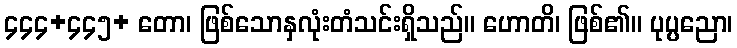
၄၄၄+၄၄၅+ တော၊ ဖြစ်သောနှလုံးတံသင်းရှိသည်။ ဟောတိ၊ ဖြစ်၏။ ပုပ္ပညော၊